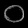
Digit: ၀